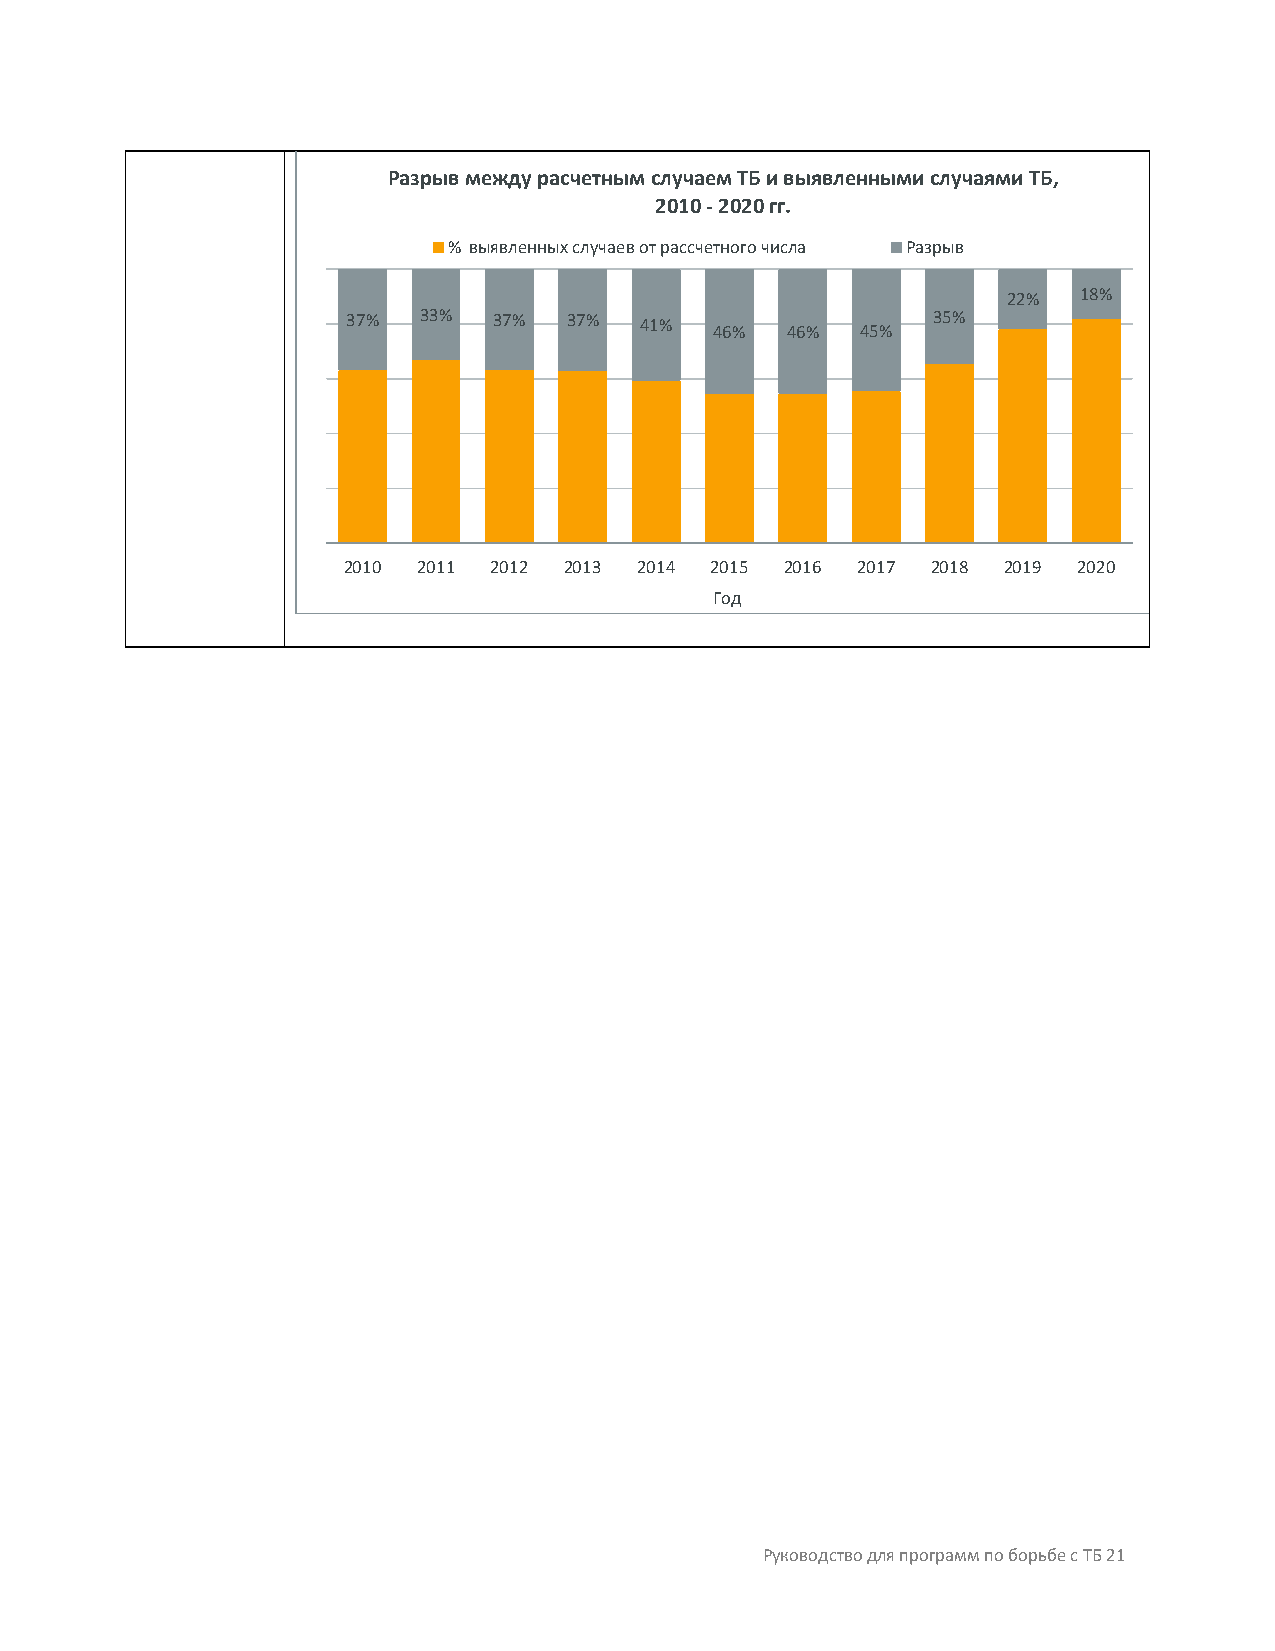
Разрыв между расчетным случаем ТБ и выявленными случаями ТБ,
 2010 -2020 гг.
 % выявленных случаев от рассчетного числа Разрыв
 22%  18%
 37%  33%  37%  37% 41%  46%  46%  45%  35%
 2010 2011 2012 2013 2014 2015 2016 2017 2018 2019 2020
 Год
 Руководство для программ по борьбе с ТБ 21